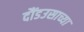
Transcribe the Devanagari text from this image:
दौंडउसाच्या